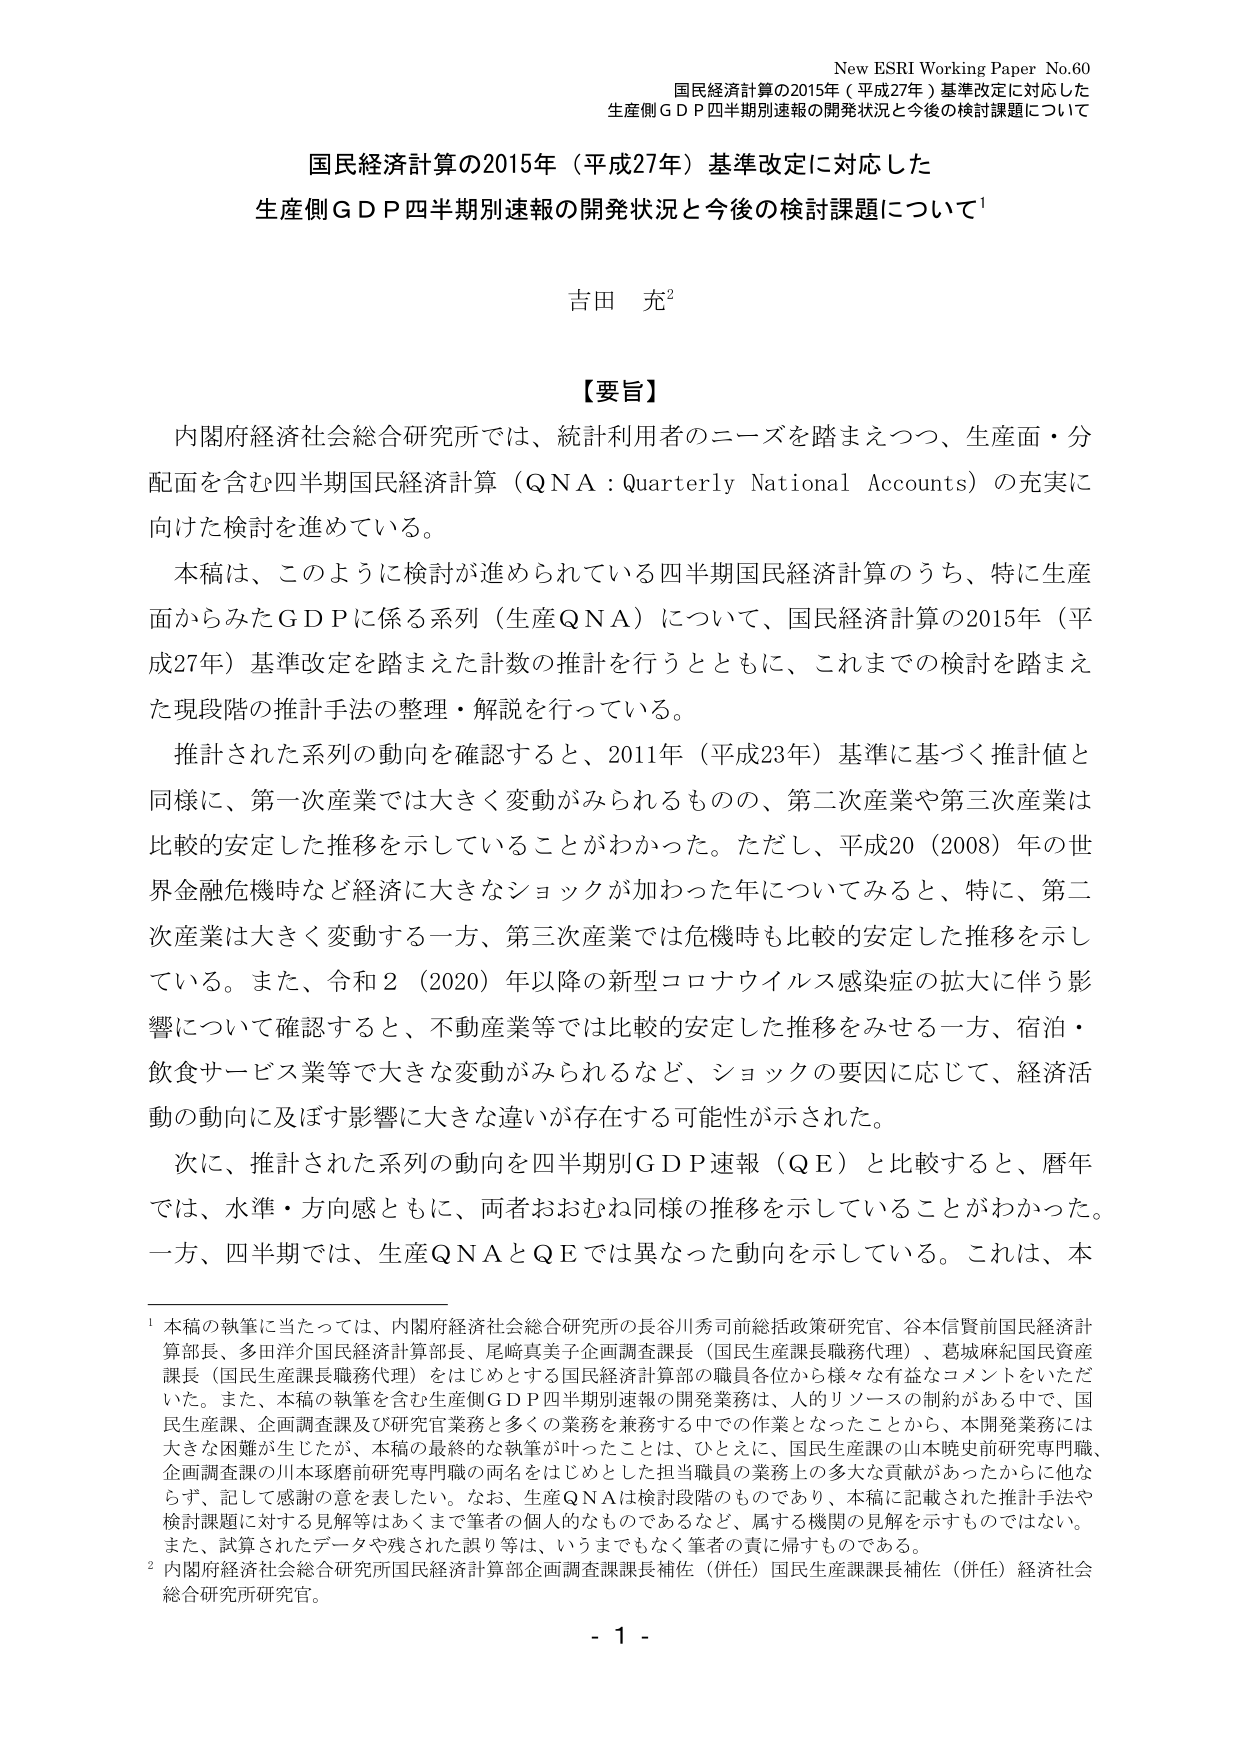
New ESRI Working Paper No.60
国民経済計算の2015年（平成27年）基準改定に対応した
生産側ＧＤＰ四半期別速報の開発状況と今後の検討課題について

国民経済計算の2015年（平成27年）基準改定に対応した
生産側ＧＤＰ四半期別速報の開発状況と今後の検討課題について¹

吉田 充²

【要旨】
内閣府経済社会総合研究所では、統計利用者のニーズを踏まえつつ、生産面・分配面を含む四半期国民経済計算（QNA：Quarterly National Accounts）の充実に向けた検討を進めている。
本稿は、このように検討が進められている四半期国民経済計算のうち、特に生産面からみたＧＤＰに係る系列（生産QNA）について、国民経済計算の2015年（平成27年）基準改定を踏まえた計数の推計を行うとともに、これまでの検討を踏まえた現段階の推計手法の整理・解説を行っている。
推計された系列の動向を確認すると、2011年（平成23年）基準に基づく推計値と同様に、第一次産業では大きく変動がみられるものの、第二次産業や第三次産業は比較的安定した推移を示していることがわかった。ただし、平成20（2008）年の世界金融危機時など経済に大きなショックが加わった年についてみると、特に、第二次産業は大きく変動する一方、第三次産業では危機時も比較的安定した推移を示している。また、令和2（2020）年以降の新型コロナウイルス感染症の拡大に伴う影響について確認すると、不動産業等では比較的安定した推移をみせる一方、宿泊・飲食サービス業等で大きな変動がみられるなど、ショックの要因に応じて、経済活動の動向に及ぼす影響に大きな違いが存在する可能性が示された。
次に、推計された系列の動向を四半期別ＧＤＰ速報（QE）と比較すると、暦年では、水準・方向感ともに、両者おおむね同様の推移を示していることがわかった。一方、四半期では、生産QNAとQEでは異なった動向を示している。これは、本

¹ 本稿の執筆に当たっては、内閣府経済社会総合研究所の長谷川秀司前総括政策研究官、谷本信賢前国民経済計算部長、多田洋介国民経済計算部長、尾崎真美子企画調査課長（国民生産課長職務代理）、葛城麻紀国民資産課長（国民生産課長職務代理）をはじめとする国民経済計算部の職員各位から様々な有益なコメントをいただいた。また、本稿の執筆を含む生産側ＧＤＰ四半期別速報の開発業務は、人的リソースの制約がある中で、国民生産課、企画調査課及び研究官業務と多くの業務を兼務する中での作業となったことから、本開発業務には大きな困難が生じたが、本稿の最終的な執筆が叶ったことは、ひとえに、国民生産課の山本暁史前研究専門職、企画調査課の川本琢磨前研究専門職の両名をはじめとした担当職員の業務上の多大な貢献があったからに他ならず、記して感謝の意を表したい。なお、生産QNAは検討段階のものであり、本稿に記載された推計手法や検討課題に対する見解等はあくまで筆者の個人的なものであるなど、属する機関の見解を示すものではない。また、試算されたデータや残された誤り等は、いうまでもなく筆者の責に帰すものである。
² 内閣府経済社会総合研究所国民経済計算部企画調査課課長補佐（併任）国民生産課課長補佐（併任）経済社会総合研究所研究官。

- 1 -